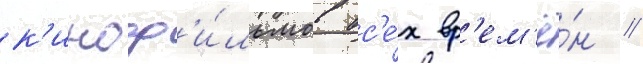
к'иноф'и́льмов вс'е́х вр'ем'ё́н //